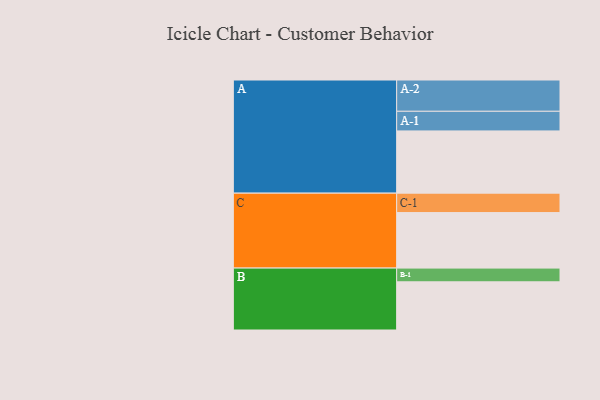
{"axis": {"x": "Segment", "y": "Value"}, "legend": ["", "A", "B", "C"], "data": [{"x": "A", "y": 589, "type": ""}, {"x": "B", "y": 456, "type": ""}, {"x": "C", "y": 525, "type": ""}, {"x": "A-1", "y": 186, "type": "A"}, {"x": "A-2", "y": 296, "type": "A"}, {"x": "B-1", "y": 130, "type": "B"}, {"x": "C-1", "y": 184, "type": "C"}]}